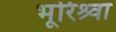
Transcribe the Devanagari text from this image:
भूरिश्र्वा